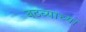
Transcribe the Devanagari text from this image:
बटव्याच्या